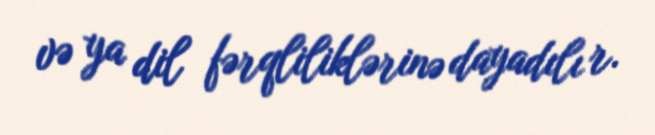
və ya dil fərqliliklərinə dayadılı r.